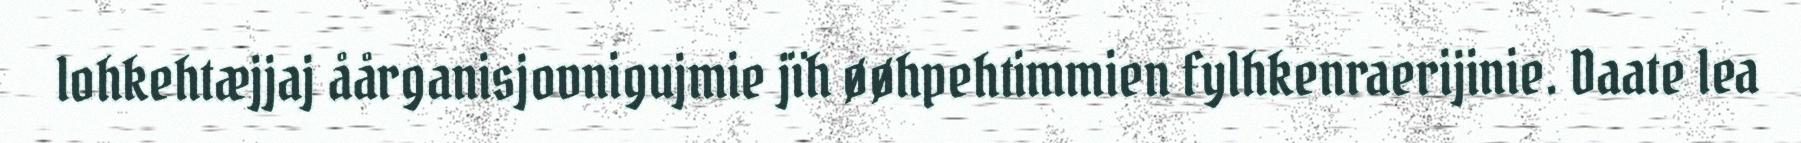
lohkehtæjjaj åårganisjovnigujmie jïh øøhpehtimmien fylhkenraerijinie. Daate lea